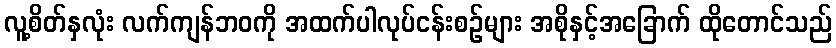
လူ့စိတ်နှလုံး လက်ကျန်ဘဝကို အထက်ပါလုပ်ငန်းစဉ်များ အစိုနှင့်အခြောက် ထိုတောင်သည်